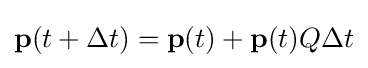
\mathbf {p} (t+\Delta t)=\mathbf {p} (t)+\mathbf {p} (t)Q\Delta t